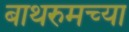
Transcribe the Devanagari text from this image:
बाथरुमच्‍या